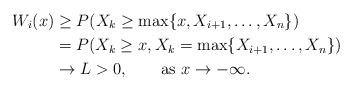
LaTeX: \begin{align*}W_i(x)&\geq P(X_k\geq\max\{x,X_{i+1},\dots,X_n\})\\&=P(X_k\geq x, X_k=\max\{X_{i+1},\dots,X_n\})\\&\to L>0, \qquad\mbox{as $x\to-\infty$}.\end{align*}